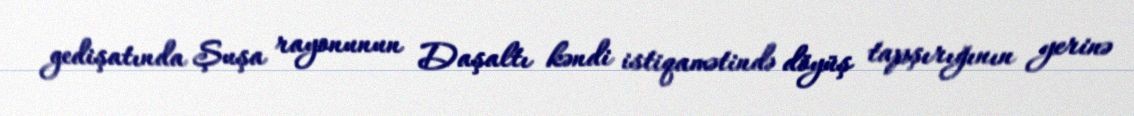
gedişatında Şuşa rayonunun Daşaltı kəndi istiqamətində döyüş tapşırığının yerinə